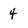
Character: 4